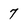
Character: 7